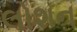
લોશન